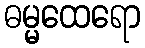
ဓမ္မထေရော